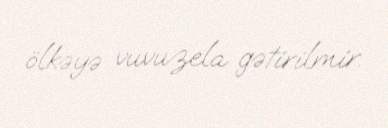
ölkəyə vuvuzela gətirilmir.